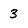
Character: 3